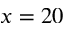
x = 2 0